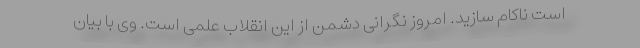
است ناکام سازید. امروز نگرانی دشمن از این انقلاب علمی است. وی با بیان